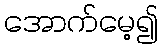
အောက်မေ့၍